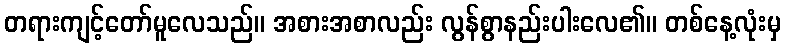
တရားကျင့်တော်မူလေသည်။ အစားအစာလည်း လွန်စွာနည်းပါးလေ၏။ တစ်နေ့လုံးမှ